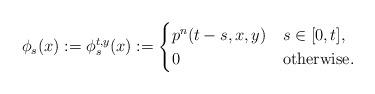
LaTeX: \begin{align*}\phi_s(x):=\phi^{t,y}_s(x):= \begin{cases} p^{n}(t-s,x,y) & s\in[0,t], \\ 0 & \hbox{otherwise.} \end{cases}\end{align*}